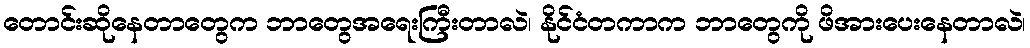
တောင်းဆိုနေတာတွေက ဘာတွေအရေးကြီးတာလဲ၊ နိုင်ငံတကာက ဘာတွေကို ဖိအားပေးနေတာလဲ၊